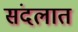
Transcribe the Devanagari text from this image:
संदलात